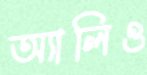
অ্যালিও